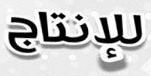
للإنتاج